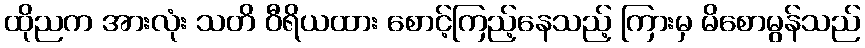
ထိုညက အားလုံး သတိ ဝီရိယထား စောင့်ကြည့်နေသည့် ကြားမှ မိစောမွန်သည်